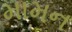
મામન